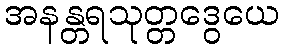
အနန္တရသုတ္တဒွေယေ